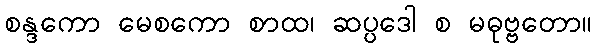
စန္ဒကော မေစကော စာထ၊ ဆပ္ပဒေါ စ မဓုဗ္ဗတော။